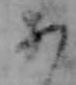
あ